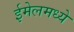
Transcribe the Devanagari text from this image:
ईमेलमध्ये